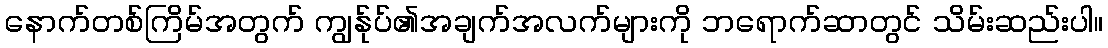
နောက်တစ်ကြိမ်အတွက် ကျွန်ုပ်၏အချက်အလက်များကို ဘရောက်ဆာတွင် သိမ်းဆည်းပါ။